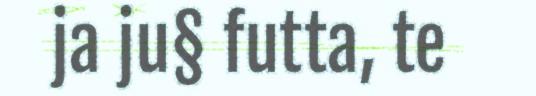
ja ju§ futta, te